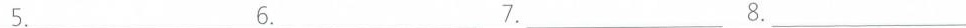
5.___6.___7.___8.___